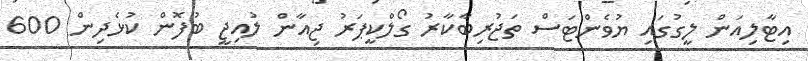
އިޓާލިއަން ލީގުގައި ޔުވެންޓަސް ތަޖުރިބާކާރު ގޯލްކީޕަރު ޖިއާން ލުއިޖީ ބުފޮން ކުޅެދިން 600